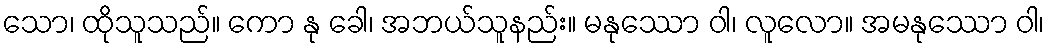
သော၊ ထိုသူသည်။ ကော နု ခေါ၊ အဘယ်သူနည်း။ မနုဿော ဝါ၊ လူလော။ အမနုဿော ဝါ၊